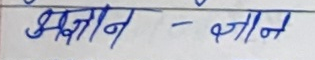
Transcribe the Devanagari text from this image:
अज्ञान - ज्ञान